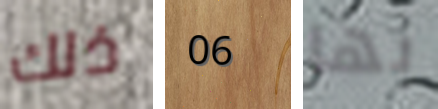
ذلك 06 بها